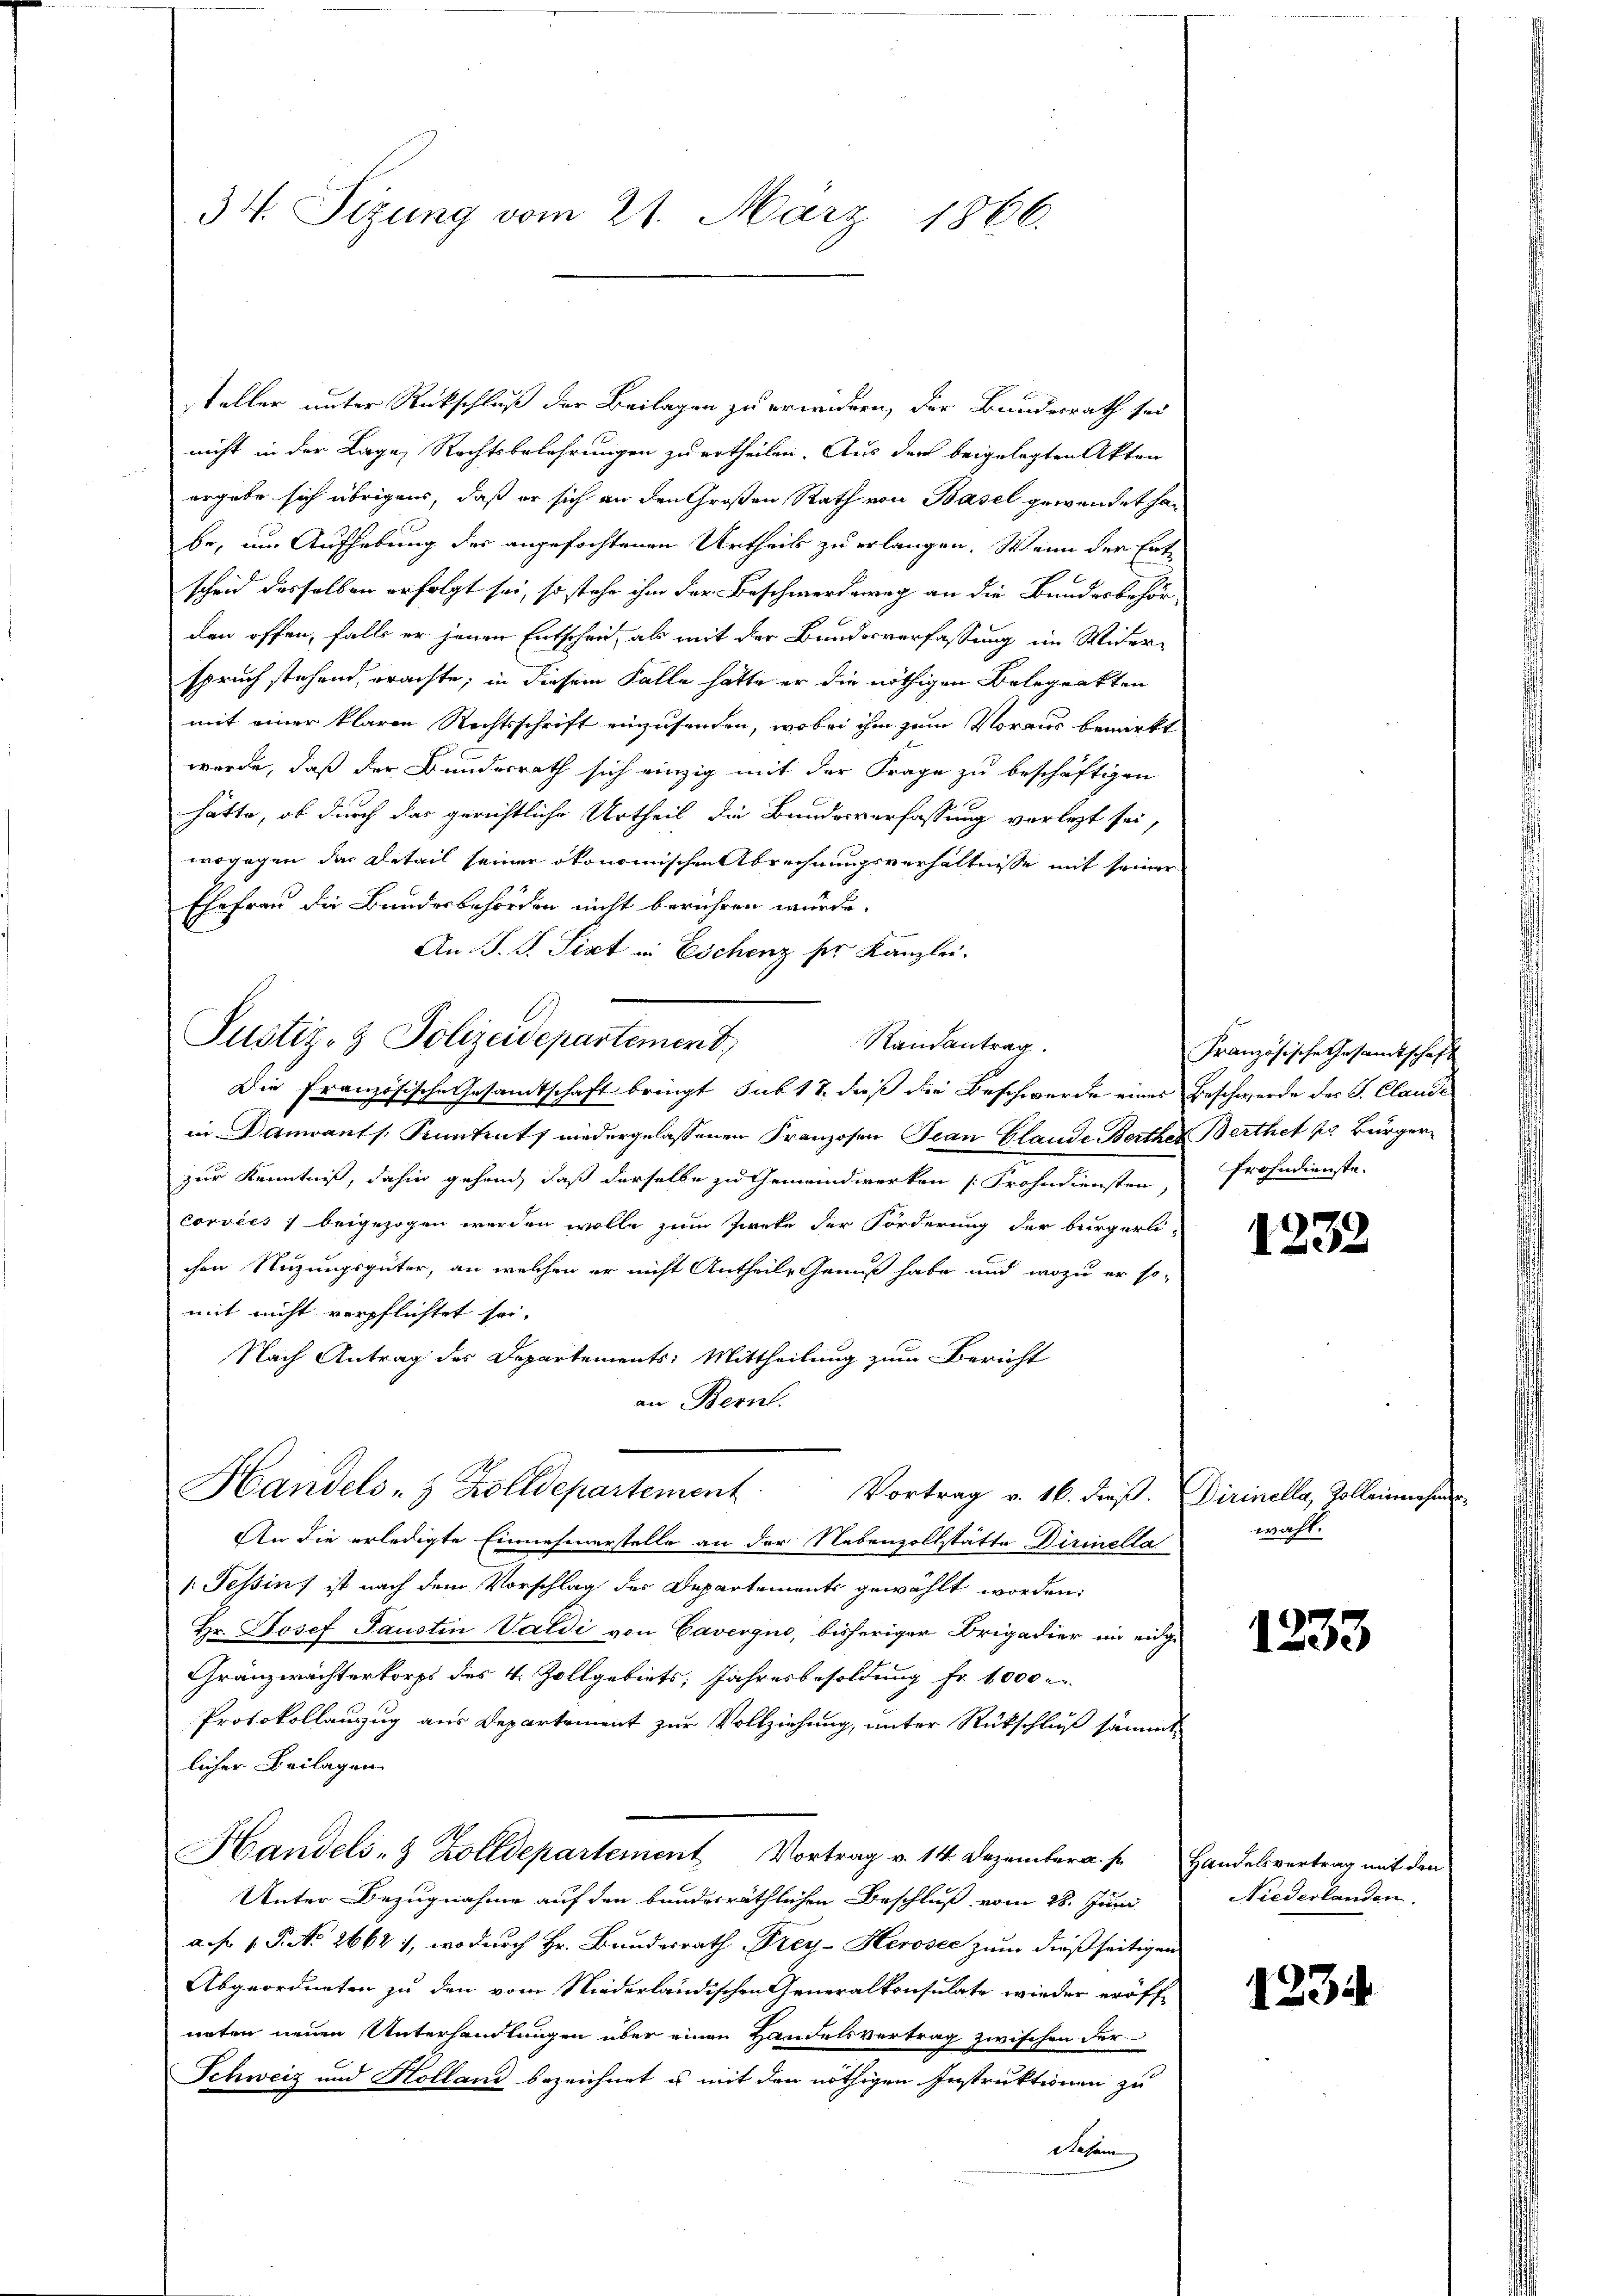
34. Sizung vom 21. März 1866.

steller unter Rückschluß der Beilagen zu erweidern, der Bundesrath sei
nicht in der Lage, Rechtsbelehrungen zu ertheilen. Aus der beigelegten Akten
ergabe sich übrigens, daß er sich an den Großen Rath von Basel gewendet habe, um Aufhebung der angefochtenen Urtheil zu erlangen. Wenn der Ent-
scheid desselben erfolgt sei, so stehe ihm der Beschwerdeweg an die Bundesbehör-
den offen, falls er jenen Entschen, als mit der Bundesverfassung im Wider-
spruch stehend, brachte; in diesem Falle hatte er die nöthigen Belegrakten
mit einer klaren Rechtsschrift einzusenden, wobei ihm zum Voraus bemerkt
werde, daß der Bundesrath sich einzig mit der Frage zu beschäftigen
hätte, ob durch das gerichtliche Urtheil die Bundesverfassung vorletzt sei,
wogegen das Detail seiner ökonomischen Abrechnungsverhältnisse mit seiner
Ehefrau die Bundesbehörden nicht berühren würde.
An S. S. Sixt in Eschenz per Kanzlei.
Die französische Gesamtschaft bringt, sub 12 dieß die Beschwerde eines Beschwerde der S. Claude
in Danants Santent niedergelassenen Franzosen Jean Glande Berther Berthet pr Bürgerzur Kenntniß, dahin gehend, daß derselbe zu Gemeindwerken [Frohndiensten Frohndienste
corvées; beigezogen werden wolle zum Zweke der Forderung der bürgerli-
chen Nuzungsgüter, an welchen er nicht Antheile Genuß habe und wozu er so-
mit nicht verpflichtet sei.
Nach Antrag des Departements: Mittheilung zum Bericht
an Bern.
Handels- & Zolldepartement. Vortrag v. 16. dieß. Dirinella, Zolleinenser
An die erledigte Einnehmerstelle an der Nebenzollstätte Dirinella
1. Tessint ist nach dem Vorschlag der Departements gewählt worden:
Hr. Josef Paustin Valdi von Caverquo, bisheriger Brigadier im eidge
Gränzwächterkorps des 4. Zollgebiets, Jahresbesoldung fr. 1000
Protokollauszug aus Departement zur Vollziehung, unter Rückschluß sämmt
licher Beilagen.
Handels- & Zolldepartement Vortrag v. 14. Dezember.  Handelsvertrag mit den
Unter Bezugnahme auf den bandesräthlichen Beschluß vom 28. Juni
a. f. 1. P. No 2662 1, wodurch Hr. Bundesrath Drey-Herosec zum dießseitigen
Abgeordneten zu den vom Niederländischen Generalkonsulate wieder eröff-
neten neuen Unterhandlungen über einen Handelsvertrag zwischen der
Schweiz und Holland bezeichnet u. mit den nöthigen Instruktionen zu
Riesem

Justiz- & Polizeidepartement,

Randantrag.

Französische Gesamtschaft

1232

wahl.

1233

Niederlanden.

123.